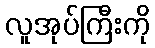
လူအုပ်ကြီးကို